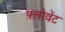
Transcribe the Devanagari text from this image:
फ़्लोवेंट